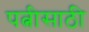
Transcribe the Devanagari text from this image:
पत्नीसाठी